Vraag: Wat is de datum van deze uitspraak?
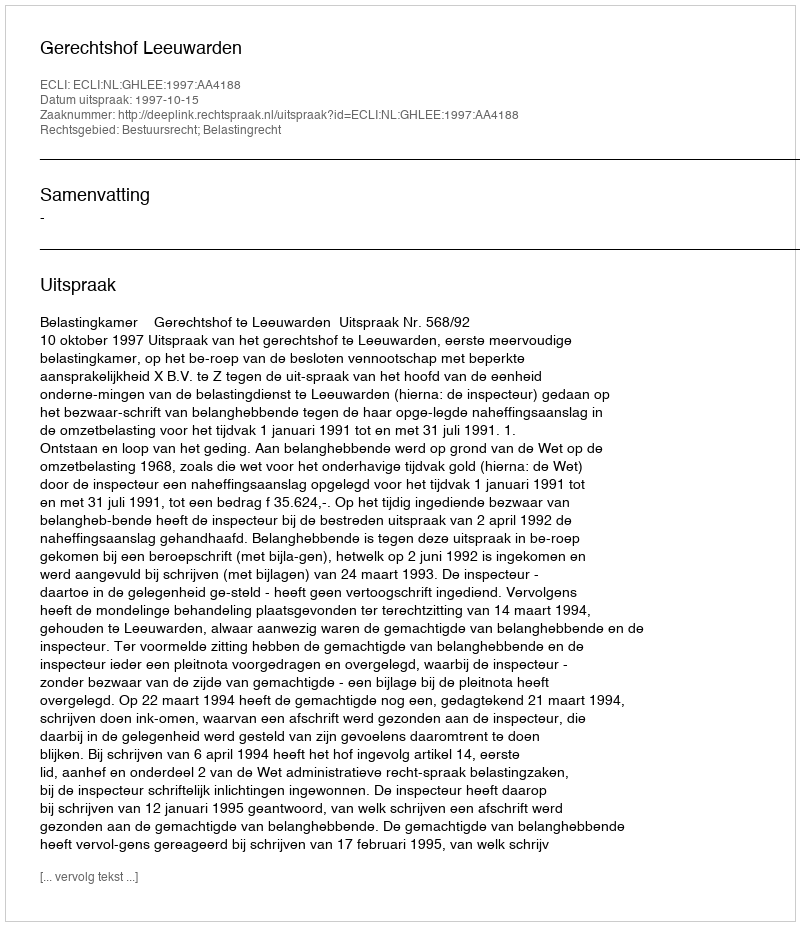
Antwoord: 1997-10-15